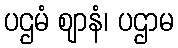
ပဌမံ ဈာနံ၊ ပဌာမ